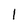
Character: l